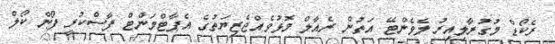
ރެކޯޑް މުގުރާލިއިރު ލެވެންޓޭ އަތުން ރެއާލް މޮޅުވެއްޖެޒިޔަތުގެ އެޕާޓްމަންޓް ފާސްކުރީ ފޯން ކޯލް